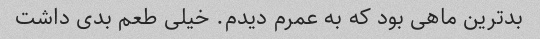
بدترین ماهی بود که به عمرم دیدم. خیلی طعم بدی داشت